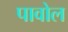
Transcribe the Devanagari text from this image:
पावोल